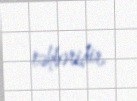
rəhbəridir.